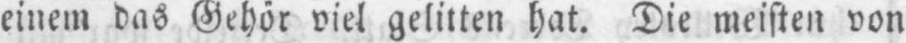
einem das Gehör viel gelitten hat. Die meisten von